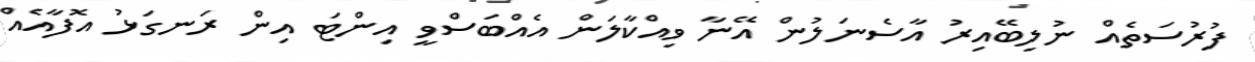
ފުރުސަތެއް ނުލިބޭއިރު އާސެނަލުން އޭނާ ވިއްކާލަން އެއްބަސްވީ އިންޓަ އިން ރަނގަޅު އޮފާއެއް